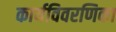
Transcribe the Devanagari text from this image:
कार्यविवरणिका